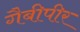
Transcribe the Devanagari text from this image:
गैबीपीर